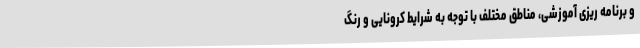
و برنامه ریزی آموزشی، مناطق مختلف با توجه به شرایط کرونایی و رنگ